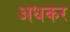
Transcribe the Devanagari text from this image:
अधकर